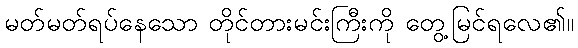
မတ်မတ်ရပ်နေသော တိုင်တားမင်းကြီးကို တွေ့မြင်ရလေ၏။